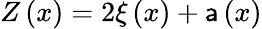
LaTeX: Z\left(x\right)=2\xi\left(x\right)+\mathsf{a}\left(x\right)